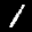
Label: 1